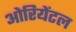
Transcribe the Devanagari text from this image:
ओरियेंटल